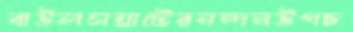
বাউলসম্রাটেরনন্দনউপচ